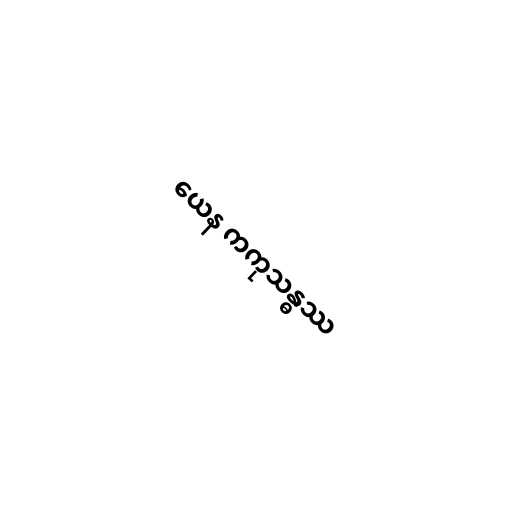
ယေန ကကုသန္ဓဿ